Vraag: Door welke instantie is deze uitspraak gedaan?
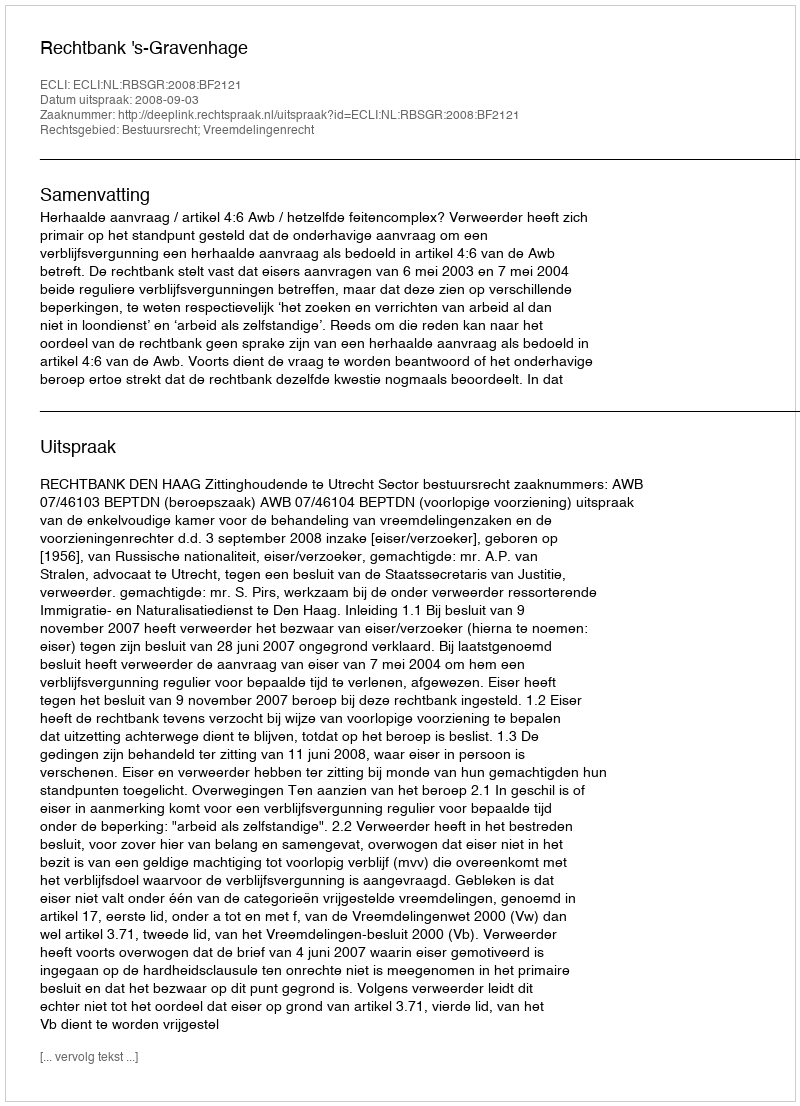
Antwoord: Rechtbank 's-Gravenhage